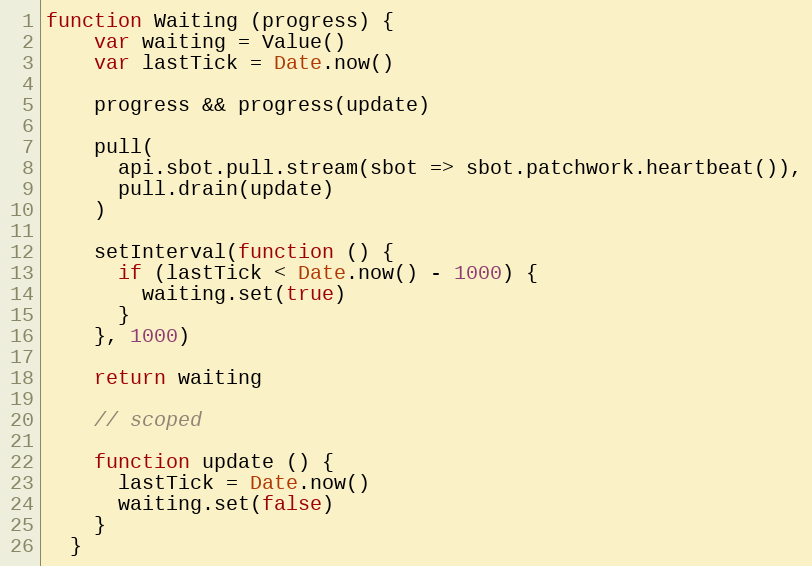
Language: JavaScript
function Waiting (progress) {
    var waiting = Value()
    var lastTick = Date.now()

    progress && progress(update)

    pull(
      api.sbot.pull.stream(sbot => sbot.patchwork.heartbeat()),
      pull.drain(update)
    )

    setInterval(function () {
      if (lastTick < Date.now() - 1000) {
        waiting.set(true)
      }
    }, 1000)

    return waiting

    // scoped

    function update () {
      lastTick = Date.now()
      waiting.set(false)
    }
  }